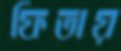
ফিতায়